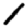
Digit: 1